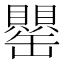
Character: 罌